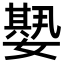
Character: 𡢁